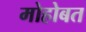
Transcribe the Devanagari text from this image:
मोहोबत